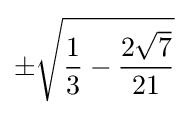
\pm {\sqrt {{\frac {1}{3}}-{\frac {2{\sqrt {7}}}{21}}}}